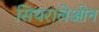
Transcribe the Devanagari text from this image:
सियरालेओन